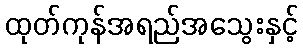
ထုတ်ကုန်အရည်အသွေးနှင့်